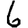
Digit: 6